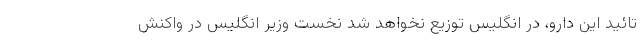
تائید این دارو، در انگلیس توزیع نخواهد شد نخست وزیر انگلیس در واکنش